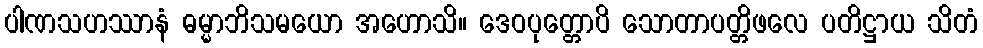
ပါဏသဟဿာနံ ဓမ္မာဘိသမယော အဟောသိ။ ဒေဝပုတ္တောပိ သောတာပတ္တိဖလေ ပတိဋ္ဌာယ သိတံ